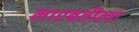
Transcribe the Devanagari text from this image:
मारबतीला